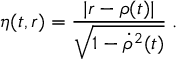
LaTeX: \eta ( t , r ) = \frac { | r - \rho ( t ) | } { \sqrt { 1 - { \dot { \rho } } ^ { 2 } ( t ) } } \; .